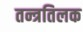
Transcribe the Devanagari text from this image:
तन्त्रतिलक